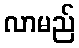
လာမည်